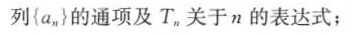
列{a_n}的通项及T_n关于n的表达式；